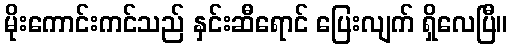
မိုးကောင်းကင်သည် နှင်းဆီရောင် ပြေးလျက် ရှိလေပြီ။